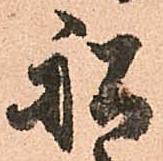
舩